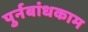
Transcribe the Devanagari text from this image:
पुर्नबांधकाम